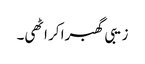
زیبی گھبرا کر اٹھی۔